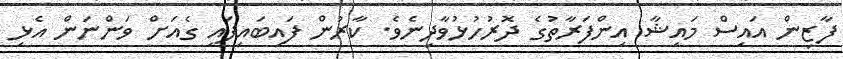
ފާޒިން އައިސް މައިޝާ އިންފަރާތުގެ ދޮރުހުޅުވާދިނެވެ. ކާރުން ފައިބައިފައި ގެއަށް ވަންނަން އެޅި